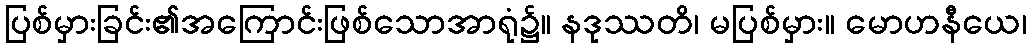
ပြစ်မှားခြင်း၏အကြောင်းဖြစ်သောအာရုံ၌။ နဒုဿတိ၊ မပြစ်မှား။ မောဟနီယေ၊